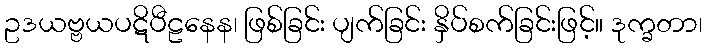
ဥဒယဗ္ဗယပဋိပီဠနေန၊ ဖြစ်ခြင်း ပျက်ခြင်း နှိပ်စက်ခြင်းဖြင့်။ ဒုက္ခတာ၊